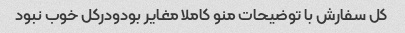
کل سفارش با توضیحات منو کاملا مغایر بودودرکل خوب نبود